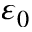
\varepsilon _ { 0 }